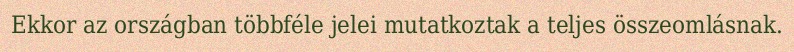
Ekkor az országban többféle jelei mutatkoztak a teljes összeomlásnak.